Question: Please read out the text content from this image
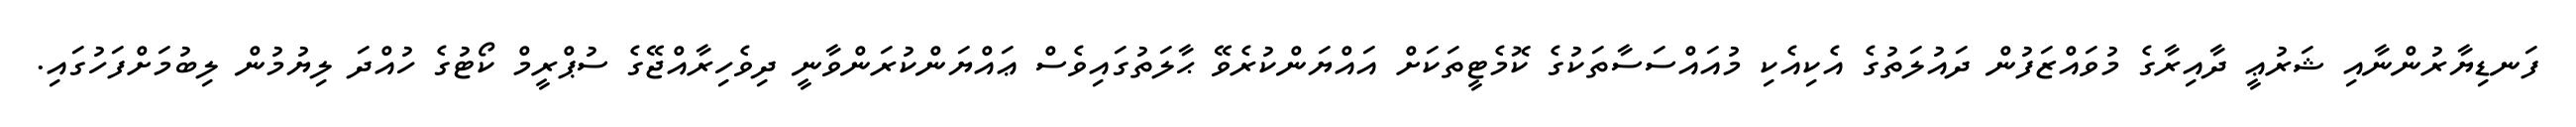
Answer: ފަނޑިޔާރުންނާއި ޝަރުޢީ ދާއިރާގެ މުވައްޒަފުން ދައުލަތުގެ އެކިއެކި މުއައްސަސާތަކުގެ ކޮމެޓީތަކަށް އައްޔަންކުރެވޭ ޙާލަތުގައިވެސް ޢައްޔަންކުރަންވާނީ ދިވެހިރާއްޖޭގެ ސުޕްރީމް ކޯޓުގެ ހުއްދަ ލިޔުމުން ލިބުމަށްފަހުގައި.